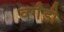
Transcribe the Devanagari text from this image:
वर्गंडी